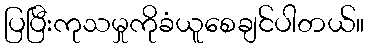
ပြပြီးကုသမှုကိုခံယူစေချင်ပါတယ်။